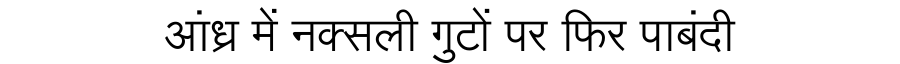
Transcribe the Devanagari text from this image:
आंध्र में नक्सली गुटों पर फिर पाबंदी